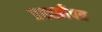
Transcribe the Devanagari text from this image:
प्रश्स्त्रीपत्र